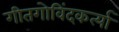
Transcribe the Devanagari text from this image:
गीतगोविंदकर्त्या